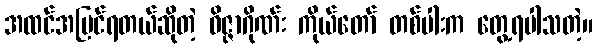
အထင်အမြင်ရတယ်ဆိုတဲ့ ဝိဇ္ဇာဂိုဏ်း ကိုယ်တော် တစ်ပါးက တွေ့ရပါသတဲ့။